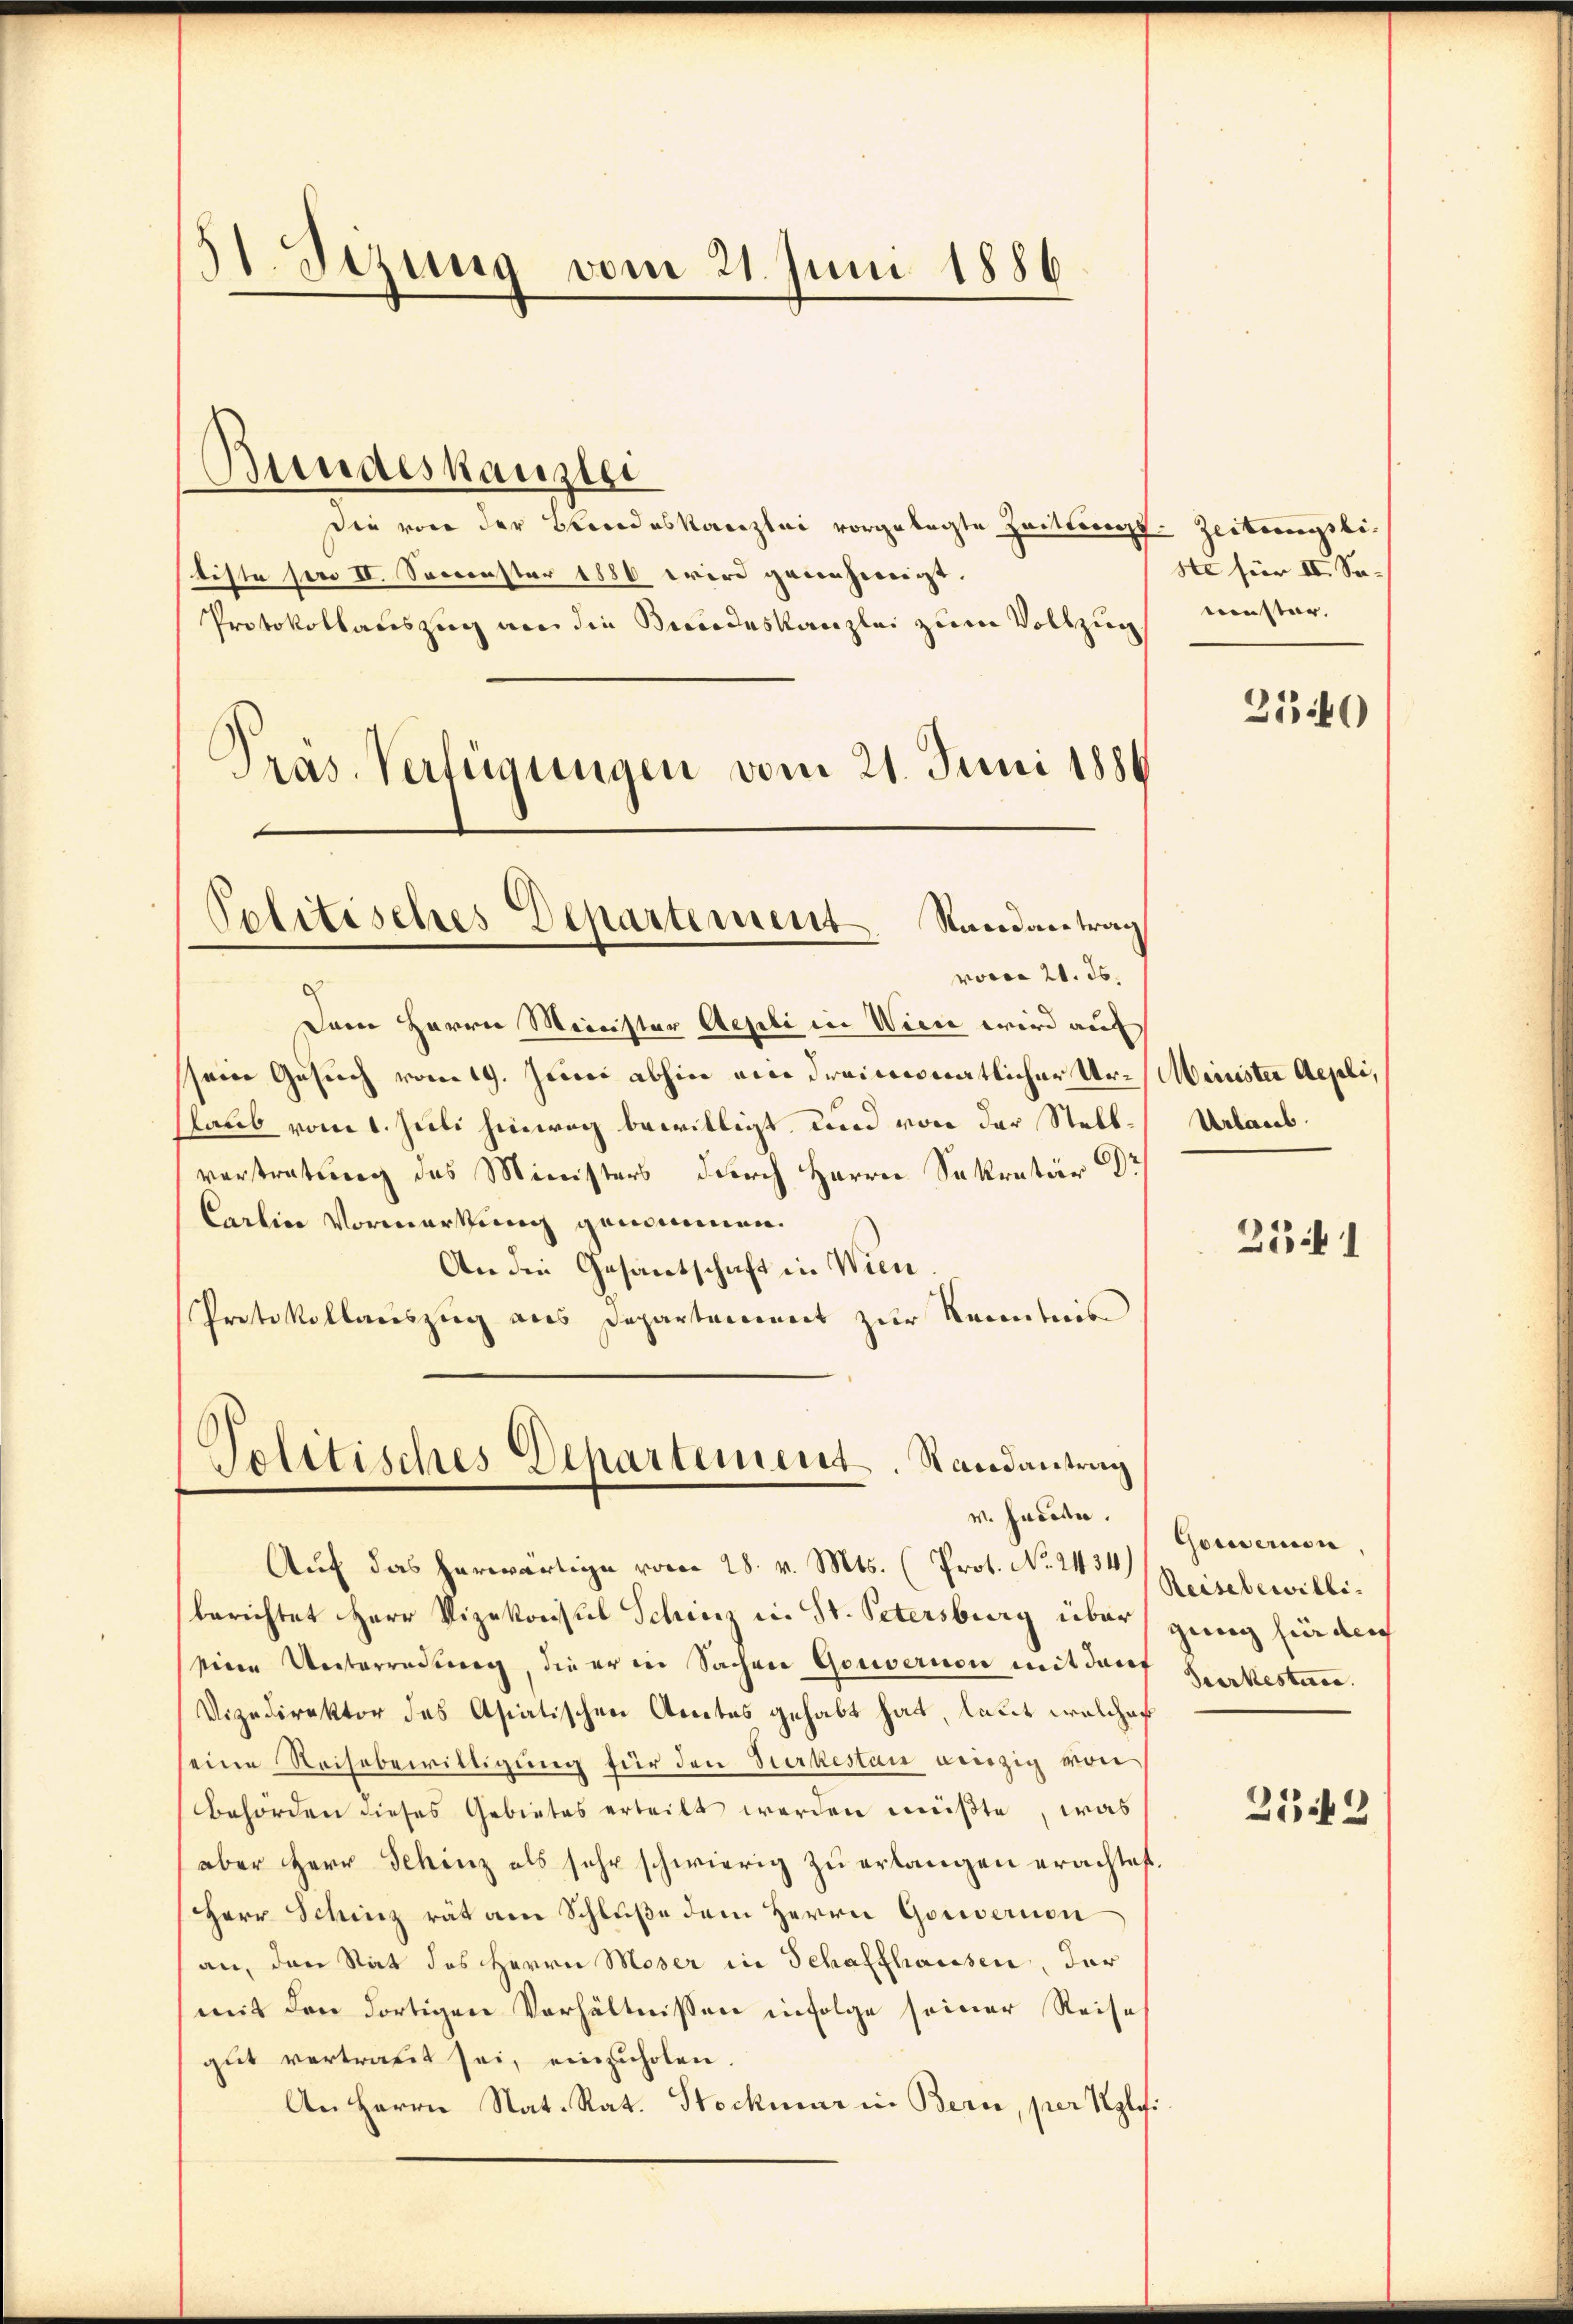
s
 Sizung vom 21. Juni 1886

sie von der Bandeskanzlei vorgelegte Zeitlings-Zeitungsbitiste son IV. Sonnenster 1880 wird genehmigt.
Protokollauszug an die Beideskanzlei zum Vollzug
Präs. Verfügungen vom 21. Juni 1884
Dem Herrn Minister Aepli in Wien wird auf
sein Gesuch vom 19. Juni abhin ein dreimonatlicher Ur- Mainister Aepli,
laub vom 1. Juli hinweg bewilligt, und von der Stellvertretung des Ministers durch Herrn Sekretär Dr
Carline Vormerkung genommen.
An die Gesantschaft in Wien
Protokollauszug aus Departement zur Kenntnis

Bundeskanzist

Politisches Departement Randantrag
voce 21. ds.

Politisches Dehartement. Randantrag
v. Harden.

ste für II Sameister.

Auf das herwärtige vom 28. v. Mts. (Prot. No. 2434)
berichtet Herr Vizekonsul Schinz in St. Petersburg über ging für durch
siere Unterredung, die er in Sachen Gouvernon mit darf
Uizedirektor des Asiatischen Amtes gehabt hat, laut welches
seine Reisebewilligung für den Surkestan einzig von
behörden dieses Gebietes erteilt werden müßte, was
aber Herr Schinz als sehr schwierig zu erlangen erachtet.
Herr Schinz rät am Schluße dem Herrn Gouvernon
an, den Rat des Herrn Moser in Schaffhausen, der
mit den dortigen Verhältnissen infolge seiner Reise
gut vertraut sei, einzuholen.
An Herrn Nat. Rat. Stockmar in Bern, per Kglfi

3540

Urlaub.

23 1

Gouvernen
Reisebewilli¬
Seerkestun

2549